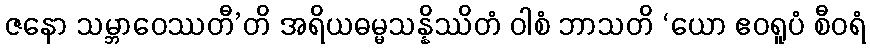
ဇနော သမ္ဘာဝေဿတီ’တိ အရိယဓမ္မသန္နိဿိတံ ဝါစံ ဘာသတိ ‘ယော ဧဝရူပံ စီဝရံ